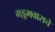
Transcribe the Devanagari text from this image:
गड्डमवाराचे